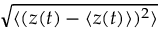
\sqrt { \langle ( z ( t ) - \langle z ( t ) \rangle ) ^ { 2 } \rangle }